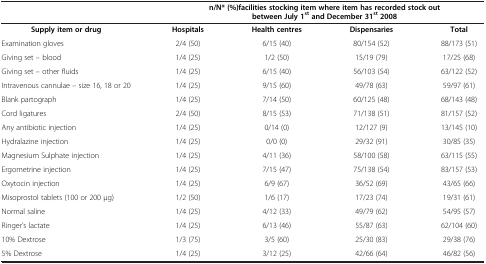
<table><thead><tr><td>[EMPTY_CELL]</td><td colspan="4"><b>n/N* (%)facilities stocking item where item has recorded stock out between July 1<sup>st </sup>and December 31<sup>st </sup>2008</b></td></tr></thead><tbody><tr><td><b>Supply item or drug</b></td><td><b>Hospitals</b></td><td><b>Health centres</b></td><td><b>Dispensaries</b></td><td><b>Total</b></td></tr><tr><td>Examination gloves</td><td>2/4 (50)</td><td>6/15 (40)</td><td>80/154 (52)</td><td>88/173 (51)</td></tr><tr><td>Giving set – blood</td><td>1/4 (25)</td><td>1/2 (50)</td><td>15/19 (79)</td><td>17/25 (68)</td></tr><tr><td>Giving set – other fluids</td><td>1/4 (25)</td><td>6/15 (40)</td><td>56/103 (54)</td><td>63/122 (52)</td></tr><tr><td>Intravenous cannulae – size 16, 18 or 20</td><td>1/4 (25)</td><td>9/15 (60)</td><td>49/78 (63)</td><td>59/97 (61)</td></tr><tr><td>Blank partograph</td><td>1/4 (25)</td><td>7/14 (50)</td><td>60/125 (48)</td><td>68/143 (48)</td></tr><tr><td>Cord ligatures</td><td>2/4 (50)</td><td>8/15 (53)</td><td>71/138 (51)</td><td>81/157 (52)</td></tr><tr><td>Any antibiotic injection</td><td>1/4 (25)</td><td>0/14 (0)</td><td>12/127 (9)</td><td>13/145 (10)</td></tr><tr><td>Hydralazine injection</td><td>1/4 (25)</td><td>0/0 (0)</td><td>29/32 (91)</td><td>30/85 (35)</td></tr><tr><td>Magnesium Sulphate injection</td><td>1/4 (25)</td><td>4/11 (36)</td><td>58/100 (58)</td><td>63/115 (55)</td></tr><tr><td>Ergometrine injection</td><td>1/4 (25)</td><td>7/15 (47)</td><td>75/138 (54)</td><td>83/157 (53)</td></tr><tr><td>Oxytocin injection</td><td>1/4 (25)</td><td>6/9 (67)</td><td>36/52 (69)</td><td>43/65 (66)</td></tr><tr><td>Misoprostol tablets (100 or 200 μg)</td><td>1/2 (50)</td><td>1/6 (17)</td><td>17/23 (74)</td><td>19/31 (61)</td></tr><tr><td>Normal saline</td><td>1/4 (25)</td><td>4/12 (33)</td><td>49/79 (62)</td><td>54/95 (57)</td></tr><tr><td>Ringer’s lactate</td><td>1/4 (25)</td><td>6/13 (46)</td><td>55/87 (63)</td><td>62/104 (60)</td></tr><tr><td>10% Dextrose</td><td>1/3 (75)</td><td>3/5 (60)</td><td>25/30 (83)</td><td>29/38 (76)</td></tr><tr><td>5% Dextrose</td><td>1/4 (25)</td><td>3/12 (25)</td><td>42/66 (64)</td><td>46/82 (56)</td></tr></tbody></table>